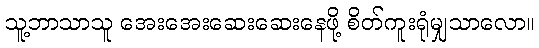
သူ့ဘာသာသူ အေးအေးဆေးဆေးနေဖို့ စိတ်ကူးရုံမျှသာလော။